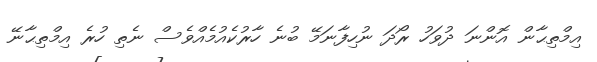
އިމްތިޙާން އޮންނަ ދުވަހު ރޯދަ ނުހިފާނަމޭ ބުނެ ހާރުކެއުމެއްވެސް ނެތި ހުރެ އިމްތިޙާނޭ